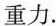
重力.